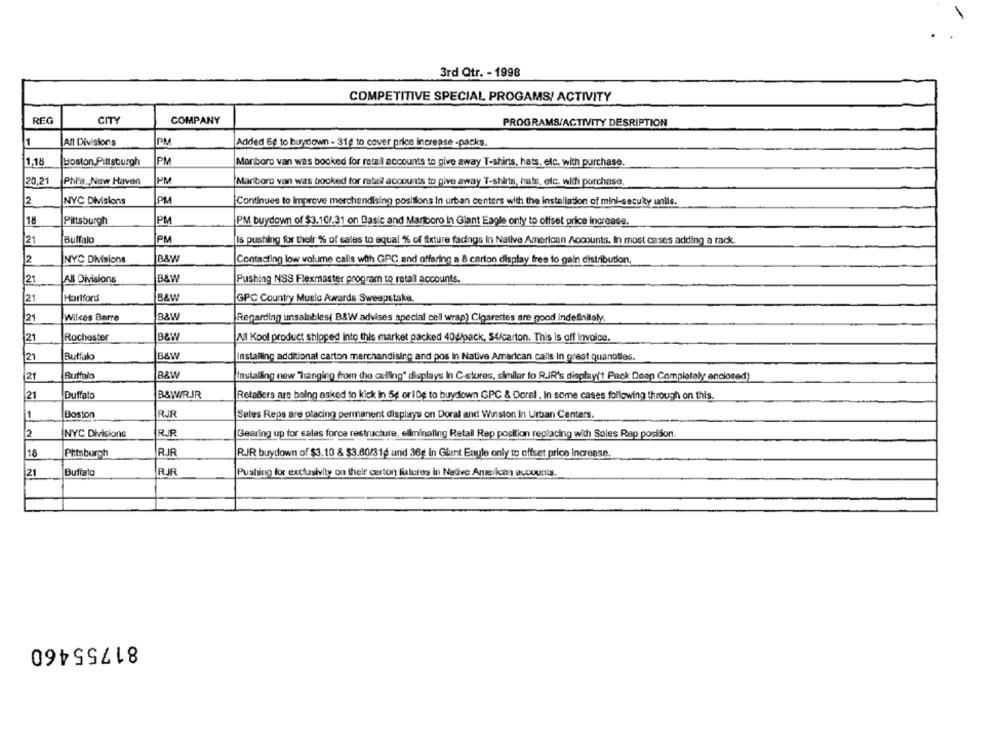
3rd Qtr. - 1998
COMPETITIVE SPECIAL PROGAMS/ ACTIVITY
REG
COMPANY
CITY
PROGRAMS/ACTIVITY DESRIPTION
1
All Divisions
PM
Added 6g to buydown - 31e to cover price increase -packs.
1.18
Boston Pittsburgh
PM
Marboro van was booked for retail accounts to give away T-shirts, hats, elc. with purchase.
20,21
Phia ., New Haven
PM
Marboro van was booked for retail accounts to give away T-shirts, hats, etc. with purchase.
2
NYC Divisions
PM
Continues to Improve merchandising positions In urban centers with the installation of mini-secuky uniis.
18
Pittsburgh
PM
PM buydown of $3.10/.31 on Basic and Marlboro in Giant Eagle only to offset price increase.
21
Buffalo
PM
Is pushing for their % of sales to equal % of fixture facings in Native American Accounts. In most cases adding a rack.
2
NYC Divisions
BAW
Contacting low volume calls with GPC and offaring a 8 carion display free to gain distribution,
21
All Divisions
B&W
Pushing NSS Flexmaster program to retal accounts.
21
Hartford
B&W
GPC Country Music Awards Sweepstake.
12,
Wilkes Barre
B&W
Regarding unsalables( B&W advises special cell wrap) Cigarettes are good indefinilaly.
21
Rochester
B&W
All Kool product shipped Into this market packed 404/pack, $4/carton. This is off invoice.
21
Buffalo
B&W
Installing additional carton merchandising and pos In Native American calls in great quantities.
21
Buffalo
B&W
Instaling new "Hanging from the culling" displays In C-stores, similar to RJR's display(1 Pack Deap Completely enclosed)
B&WIRJR
21
Buffalo
Retailers are being asked to kick In 5g or10g to buydown GPC & Doral , In some cases following through on this.
1
Boston
RJR
Sutes Reps are placing permanent displays on Doral and Winston in Urban Centers.
2
NYC Divisions
R.R
Gearing up for sales force restructure, eliminating Retail Rep position replacing with Sales Rep posison.
18
Pittsburgh
RJR
RJJR buydown of $3,10 & $3.80/316 and 36g in Gint Enyle only to offset price increase.
21
Buffalo
RJR
Pushing for exclusivity on their carton futures in Nativ
81755460